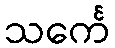
သင်္ကေ